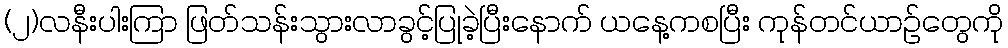
(၂)လနီးပါးကြာ ဖြတ်သန်းသွားလာခွင့်ပြုခဲ့ပြီးနောက် ယနေ့ကစပြီး ကုန်တင်ယာဉ်တွေကို